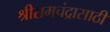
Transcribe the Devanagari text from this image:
श्रीरामचंद्रासाठी